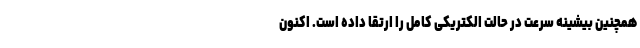
همچنین بیشینه سرعت در حالت الکتریکی کامل را ارتقا داده است. اکنون